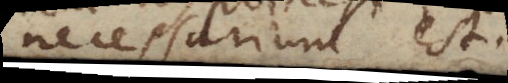
necessarium est.